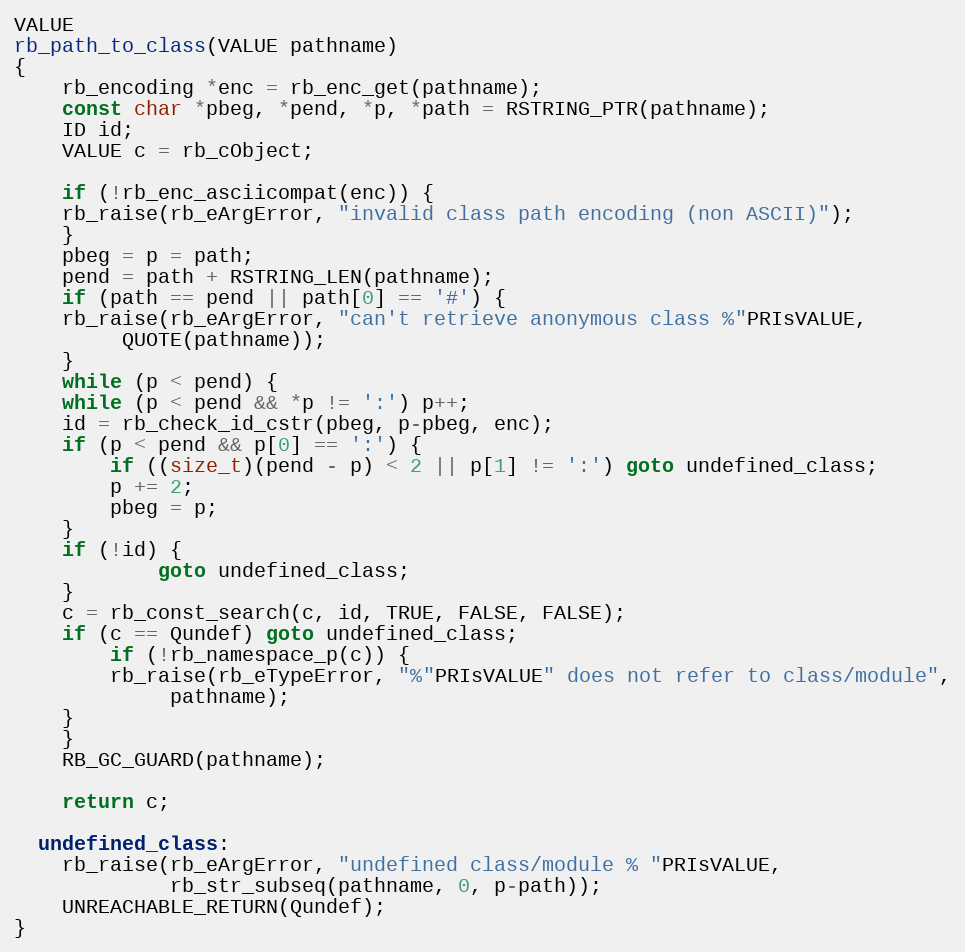
Language: C
VALUE
rb_path_to_class(VALUE pathname)
{
    rb_encoding *enc = rb_enc_get(pathname);
    const char *pbeg, *pend, *p, *path = RSTRING_PTR(pathname);
    ID id;
    VALUE c = rb_cObject;

    if (!rb_enc_asciicompat(enc)) {
	rb_raise(rb_eArgError, "invalid class path encoding (non ASCII)");
    }
    pbeg = p = path;
    pend = path + RSTRING_LEN(pathname);
    if (path == pend || path[0] == '#') {
	rb_raise(rb_eArgError, "can't retrieve anonymous class %"PRIsVALUE,
		 QUOTE(pathname));
    }
    while (p < pend) {
	while (p < pend && *p != ':') p++;
	id = rb_check_id_cstr(pbeg, p-pbeg, enc);
	if (p < pend && p[0] == ':') {
	    if ((size_t)(pend - p) < 2 || p[1] != ':') goto undefined_class;
	    p += 2;
	    pbeg = p;
	}
	if (!id) {
            goto undefined_class;
	}
	c = rb_const_search(c, id, TRUE, FALSE, FALSE);
	if (c == Qundef) goto undefined_class;
        if (!rb_namespace_p(c)) {
	    rb_raise(rb_eTypeError, "%"PRIsVALUE" does not refer to class/module",
		     pathname);
	}
    }
    RB_GC_GUARD(pathname);

    return c;

  undefined_class:
    rb_raise(rb_eArgError, "undefined class/module % "PRIsVALUE,
             rb_str_subseq(pathname, 0, p-path));
    UNREACHABLE_RETURN(Qundef);
}